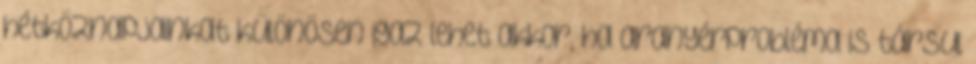
hétköznapjainkat különösen igaz lehet akkor, ha aranyérprobléma is társul